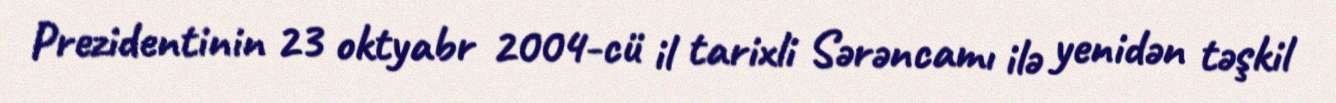
Prezidentinin 23 oktyabr 2004-cü il tarixli Sərəncamı ilə yenidən təşkil